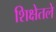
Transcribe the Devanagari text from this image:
शिक्षेतले